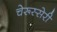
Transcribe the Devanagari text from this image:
चेरूस्सेरी